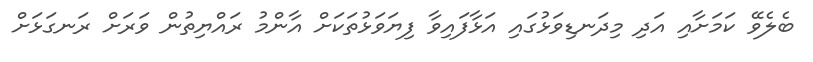
ބެލެވޭ ކަމަށާއި އަދި މިދަނޑިވަޅުގައި އަޅާފައިވާ ފިޔަވަޅުތަކަށް އާންމު ރައްޔިތުން ވަރަށް ރަނގަޅަށް